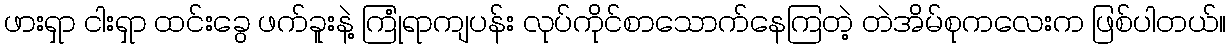
ဖားရှာ ငါးရှာ ထင်းခွေ ဖက်ခူးနဲ့ ကြုံရာကျပန်း လုပ်ကိုင်စာသောက်နေကြတဲ့ တဲအိမ်စုကလေးက ဖြစ်ပါတယ်။